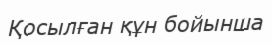
Қосылған құн бойынша